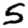
Digit: 5